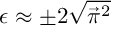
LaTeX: \epsilon \approx \pm 2 \sqrt { { \vec { \pi } } ^ { 2 } }